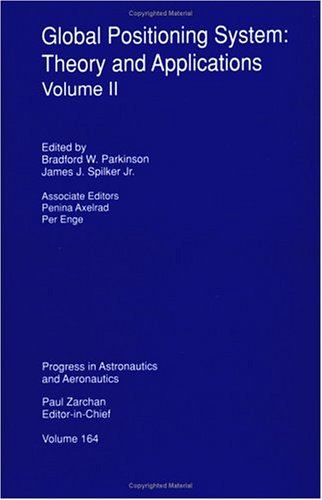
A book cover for Global Positioning System: Theory and Applications, Volume II; B. Parkinson; Science & Math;